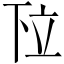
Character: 𬔗